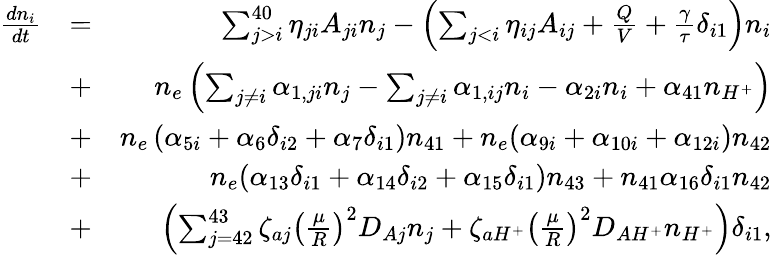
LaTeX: \begin{array}{rlr}{\frac{dn_{i}}{dt}}&{=}&{\sum_{j>i}^{40}\eta_{ji}A_{ji}n_{j}-\left(\sum_{j<i}\eta_{ij}A_{ij}+\frac{Q}{V}+\frac{\gamma}{\tau}\delta_{i1}\right)n_{i}}\\ &{+}&{n_{e}\left(\sum_{j\neq i}\alpha_{1,ji}n_{j}-\sum_{j\neq i}\alpha_{1,ij}n_{i}-\alpha_{2i}n_{i}+\alpha_{41}n_{H^{+}}\right)}\\ &{+}&{n_{e}\left(\alpha_{5i}+\alpha_{6}\delta_{i2}+\alpha_{7}\delta_{i1}\right)n_{41}+n_{e}(\alpha_{9i}+\alpha_{10i}+\alpha_{12i})n_{42}}\\ &{+}&{n_{e}(\alpha_{13}\delta_{i1}+\alpha_{14}\delta_{i2}+\alpha_{15}\delta_{i1})n_{43}+n_{41}\alpha_{16}\delta_{i1}n_{42}}\\ &{+}&{\left(\sum_{j=42}^{43}\zeta_{aj}\left(\frac{\mu}{R}\right)^{2}D_{Aj}n_{j}+\zeta_{aH^{+}}\left(\frac{\mu}{R}\right)^{2}D_{AH^{+}}n_{H^{+}}\right)\delta_{i1},}\end{array}